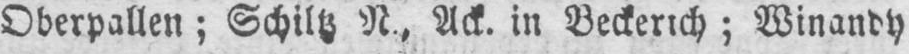
Oberpallen; Schiltz N, Ack. in Beckerich; Winandy